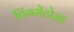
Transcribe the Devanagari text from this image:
पिंगमेंटोज़ा